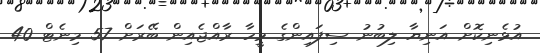
އުޅެނިކޮށް އަނިޔާ ލިބުނު ސިފައިންގެ މީހާ ރާއްޖެއިން ބޭރަށް 57 މިނެޓް 40